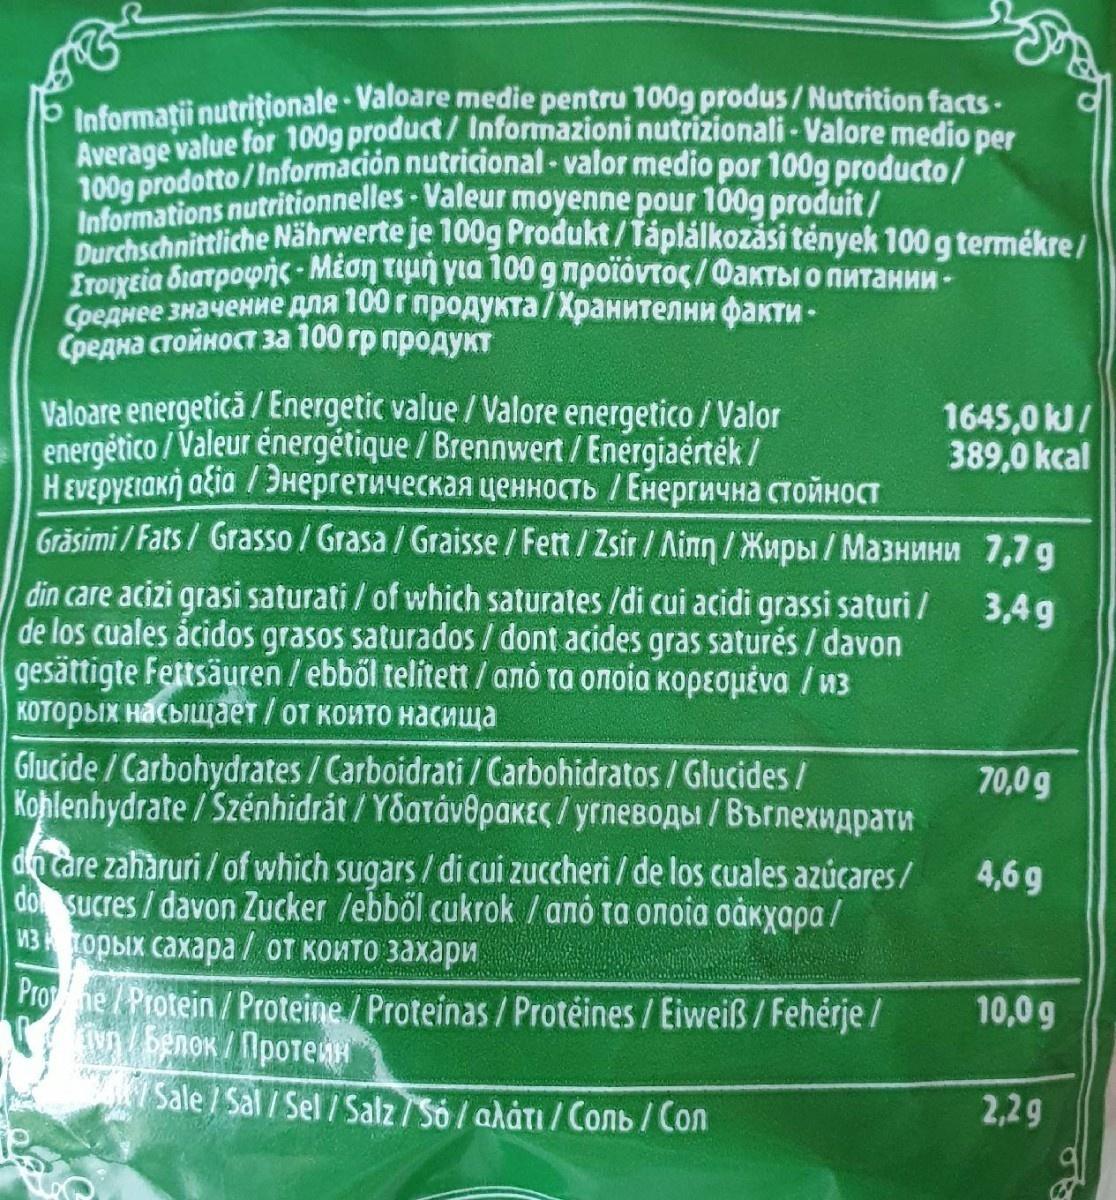
Informaţii nutritionale - Valoare medie pentru 100g produs/Nutrition facts - Average value for 100g product/Informazioni nutrizionali - Valore medio per 100g prodotto/Información nutricional-valor medio por 100g producto/ Informations nutritionnelles - Valeur moyenne pour 100g produit/
Durchschnittliche Nährwerte je 100g Produkt/Táplálkozási tények 100 g termékre / ITOIgEia біатрофіе - Mion uun yta 100 9 проїövтос/Факты о питании - Среднее значение для 100 г продукта/Хранителни факти - Средна стойност за 100 гр продукт
Valoare energetică / Energetic value / Valore energetico / Valor energético / Valeur énergétique / Brennwert / Energiaérték/ H EVEpyEtaki alia / Энергетическая ценность /Енергична стойност Grăsimi / Fats / Grasso/Grasa / Graisse/Fett/Zsir/ Лiпn /Жиры/Мазнини din care acizi grasi saturati / of which saturates /di cui acidi grassi saturi/ de los cuales ácidos grasos saturados / dont acides gras saturés / davon gesättigte Fettsäuren/ebböl telitett/ano ta onoia kopEquiva / из которых насыщает/от които насища
Glucide / Carbohydrates / Carboidrati / Carbohidratos/Glucides/ Kohlenhydrate/Szénhidrát / убатáv рак с/углеводы/Въглехидрати do care zaharuri / of which sugars/di cui zuccheri/de los cuales azucares/ don sucres/davon Zucker /ebböl cukrok / anó та опoia оакҳара / из которых сахара / от които захари
Proyne/Protein/Proteine/Proteinas/Proteines/Eiweiß/Feherje /
Готуп / Белок / Протеин
Sale / Sal/Sel/Salz/só/alâтı /Соль /Сол
1645,0 kJ/ 389,0 kcal
7,79 3,49
70,0 g
4,69
10.09
2,2 g